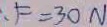
F = 3 0 N